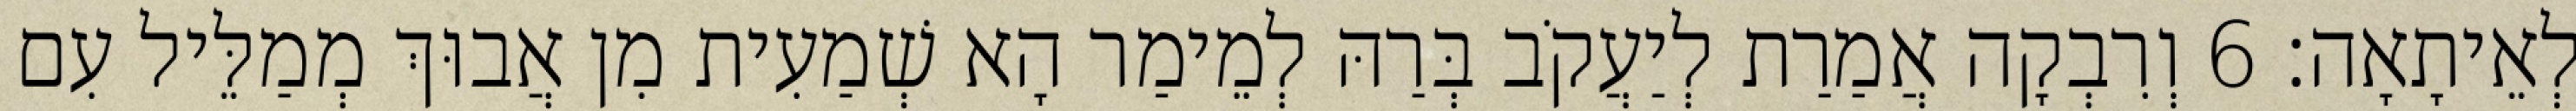
לְאֵיתָאָה׃ 6 וְרִבְקָה אֲמַרַת לְיַעֲקֹב בְּרַהּ לְמֵימַר הָא שְׁמַעִית מִן אֲבוּךְ מְמַלֵּיל עִם